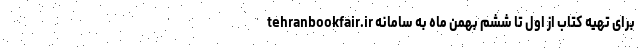
برای تهیه کتاب از اول تا ششم بهمن ماه به سامانه tehranbookfair.ir